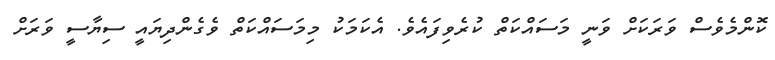
ކޮންމެވެސް ވަރަކަށް ވަނީ މަސައްކަތް ކުރެވިފައެވެ. އެކަމަކު މިމަސައްކަތް ވެގެންދިޔައީ ސިޔާސީ ވަރަށް